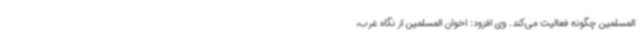
المسلمین چگونه فعالیت می‌کند. وی افزود: اخوان المسلمین از نگاه غرب،